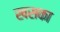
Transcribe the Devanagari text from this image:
खसका